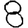
Digit: 8